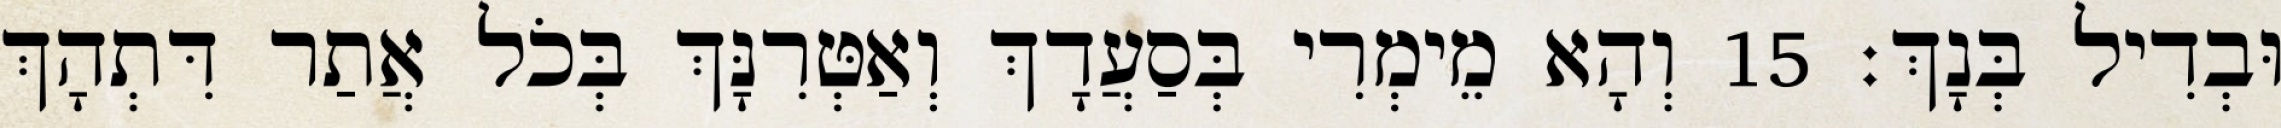
וּבְדִיל בְּנָךְ׃ 15 וְהָא מֵימְרִי בְּסַעֲדָךְ וְאַטְּרִנָּךְ בְּכֹל אֲתַר דִּתְהָךְ